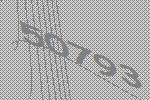
50793